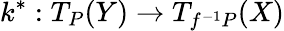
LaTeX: k^{*}:T_{P}(Y)\rightarrow T_{f^{-1}P}(X)